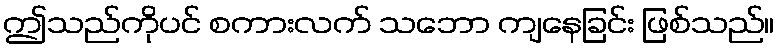
ဤသည်ကိုပင် စကားလက် သဘော ကျနေခြင်း ဖြစ်သည်။